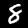
Label: 8